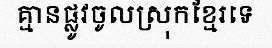
គ្មានផ្លូវចូលស្រុកខ្មែរទេ